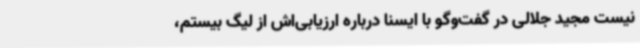
نیست مجید جلالی در گفت‌وگو با ایسنا درباره ارزیابی‌اش از لیگ بیستم،